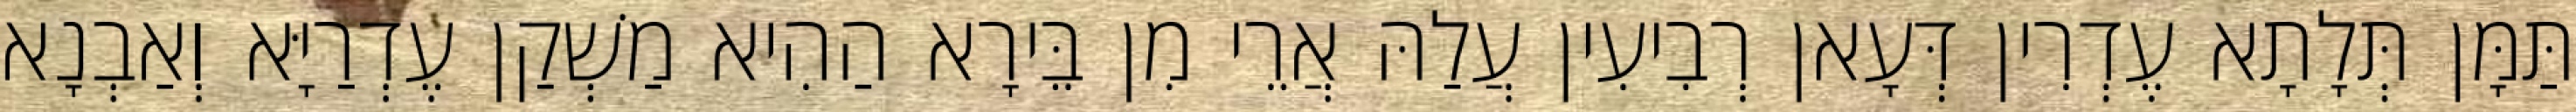
תַּמָּן תְּלָתָא עֶדְרִין דְּעָאן רְבִיעִין עֲלַהּ אֲרֵי מִן בֵּירָא הַהִיא מַשְׁקַן עֶדְרַיָּא וְאַבְנָא